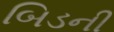
બિડની